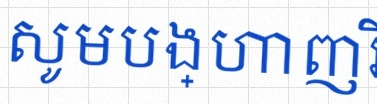
សូមបង្ហាញវិធីធ្វើ